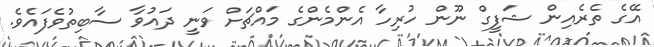
އޭގެ ތެރެއިން ޝަފީގް ނޫން ހުރިހާ އެންމެންގެ މައްޗަށް ވަނީ ދައުވާ ސާބިތުވެފައެވެ.